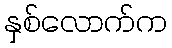
နှစ်လောက်က